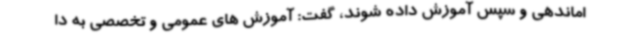
اماندهی و سپس آموزش داده شوند، گفت: آموزش های عمومی و تخصصی به دا